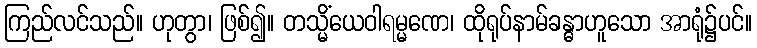
ကြည်လင်သည်။ ဟုတွာ၊ ဖြစ်၍။ တသ္မိံယေဝါရမ္မဏေ၊ ထိုရုပ်နာမ်ခန္ဓာဟူသော အာရုံ၌ပင်။